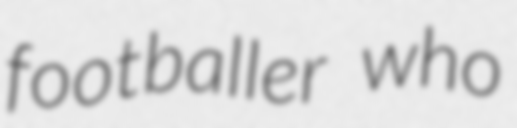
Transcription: footballer who